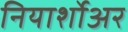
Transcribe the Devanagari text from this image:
नियार्शोअर